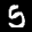
Label: 5